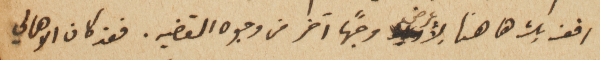
اقف بك ها هنا لأعرض وجهاً آخر من وجوه القضيه. فقد كان الاهالي